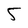
Character: 5